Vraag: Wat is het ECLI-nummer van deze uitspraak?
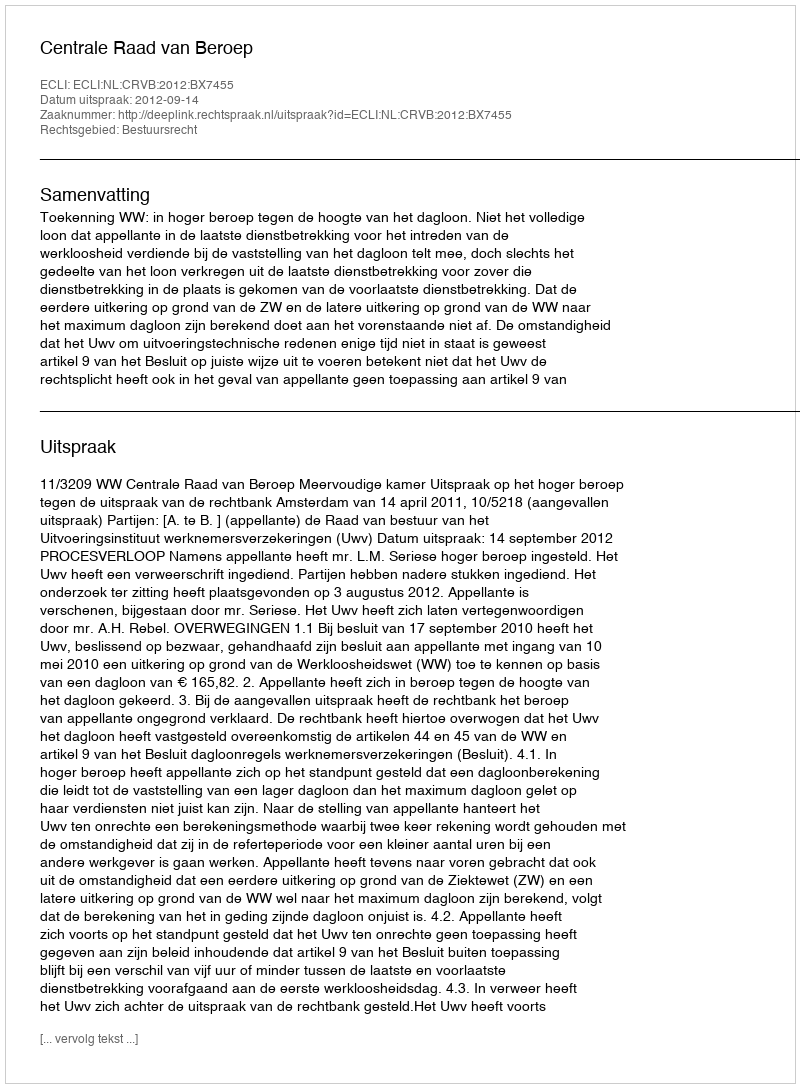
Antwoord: ECLI:NL:CRVB:2012:BX7455